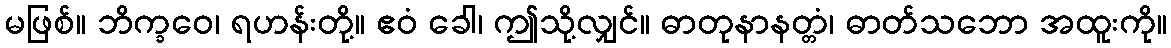
မဖြစ်။ ဘိက္ခဝေ၊ ရဟန်းတို့။ ဧဝံ ခေါ၊ ဤသို့လျှင်။ ဓာတုနာနတ္တံ၊ ဓာတ်သဘော အထူးကို။